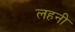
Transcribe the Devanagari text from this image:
लहनी